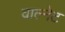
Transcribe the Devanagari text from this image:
वाल्नेट